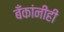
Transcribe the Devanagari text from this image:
बँकांनीही